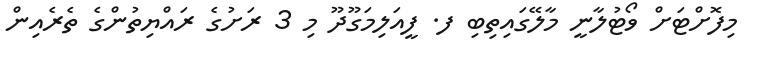
މިފޮށްޓަށް ވޯޓުލާނީ މާލޭގައިތިބި ފ. ފީއަލިމަގޫދޫ މި 3 ރަށުގެ ރައްޔިތުންގެ ތެރެއިން